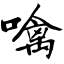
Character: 噙